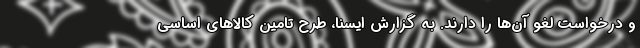
و درخواست لغو آن‌ها را دارند. به گزارش ایسنا، طرح تامین کالاهای اساسی